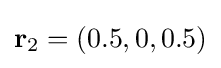
\mathbf {r} _{2}=(0.5,0,0.5)